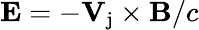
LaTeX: \mathbf{E}=-\mathbf{V_{\mathrm{j}}}\times\mathbf{B}/c